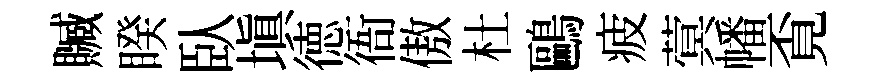
贓睽臥填徳衙傲杜鷗疲蓂幡覔